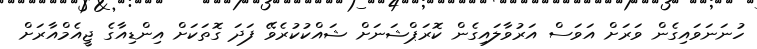
ހުނަނަވައިގެން ވަރަށް އަވަސް އަރުވާލައިގެން ކޮރަޕްޝަނަށް ޝައްކުކުރެވޭ ފަދަ ގޮތަކަށް އިންޑިއާގެ ޖީއެމްއާރަށް